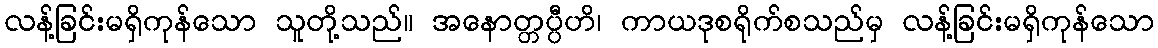
လန့်ခြင်းမရှိကုန်သော သူတို့သည်။ အနောတ္တပ္ပီဟိ၊ ကာယဒုစရိုက်စသည်မှ လန့်ခြင်းမရှိကုန်သော